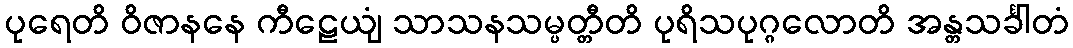
ပုရေတိ ဝိဇာနနေ ကီဠေယျံ သာသနသမ္ပတ္တီတိ ပုရိသပုဂ္ဂလောတိ အန္တသင်္ခါတံ